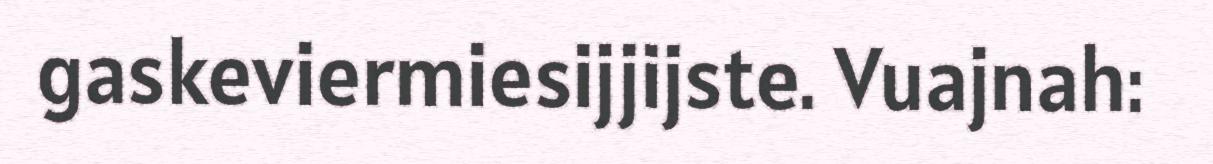
gaskeviermiesijjijste. Vuajnah: